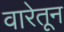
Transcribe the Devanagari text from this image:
वारेतून